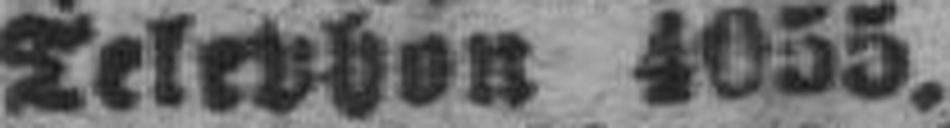
Telephon 4055.